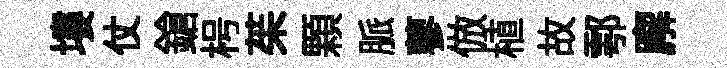
塿仗鎗枵茱顆脈蓼倣植故鄠廨